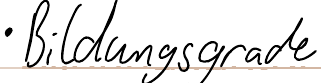
- Bildungsgrade